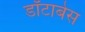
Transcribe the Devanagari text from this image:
डॉटाबेस